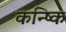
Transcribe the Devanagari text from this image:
कन्ष्कि